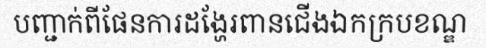
បញ្ជាក់ពីផែនការដង្ហែរពានជើងឯកក្របខណ្ឌ